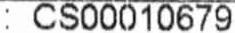
: CS00010679